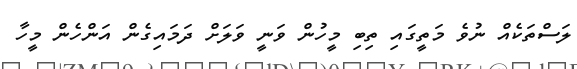
ލަސްތަކެއް ނުވެ މަތީގައި ތިބި މީހުން ވަނީ ވަލަށް ދަމައިގެން އަންހެން މީހާ